Tezpur Lunatic Asylum reports 1877-1894 - 1877-1894
Year: 1877
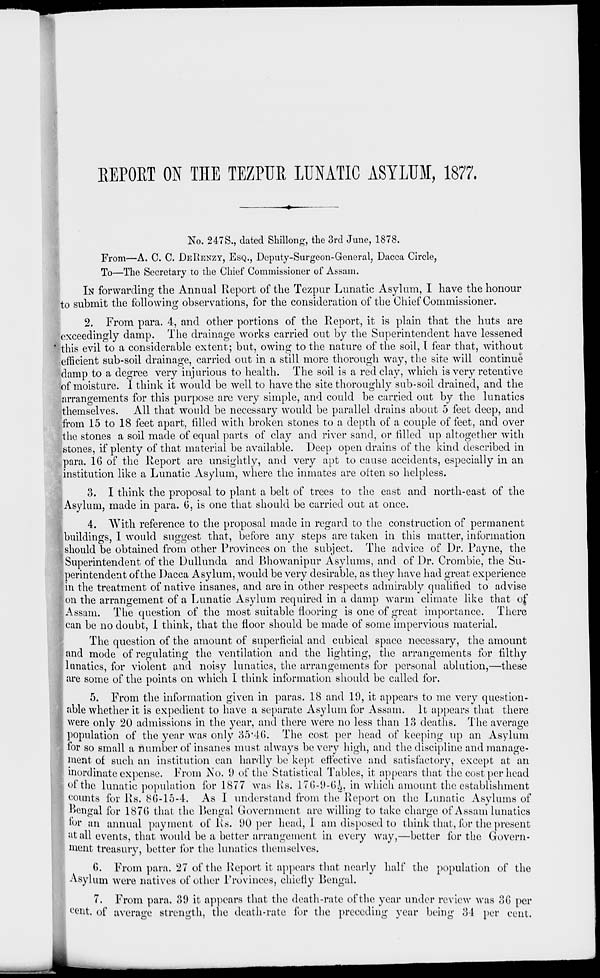
KEPORT ON THE TEZPUR LUNATIC ASYLUM, 1877.
No. 247S., dated Shillong, the 3rd June, 1878.
From—A. C. C. DERENZY, ESQ., Deputy-Surgeon-General, Dacca Circle,
To—The Secretary to the Chief Commissioner of Assam.
IN forwarding the Annual Report of the Tezpur Lunatic Asylum, I have the honour
to submit the following observations, for the consideration of the Chief Commissioner.
2. From para. 4, and other portions of the Report, it is plain that the huts are
'exceedingly damp. The drainage works carried out by the Superintendent have lessened
this evil to a considerable extent; but, owing to the nature of the soil, I fear that, without
efficient sub-soil drainage, carried out in a still more thorough way, the site will continue
damp to a degree very injurious to health. The soil is a red clay, which is very retentive
of moisture. I think it would be well to have the site thoroughly sub-soil drained, and the
arrangements for this purpose are very simple, and could be carried out by the lunatics
themselves. All that would be necessary would be parallel drains about 5 feet deep, and
from 15 to 18 feet apart, filled with broken stones to a depth of a couple of feet, and over
the stones a soil made of equal parts of clay and river sand, or filled up altogether with
stones, if plenty of that material be available. Deep open drains of the kind described in
para. 16 of the Report are unsightly, and very apt to cause accidents, especially in an
institution like a Lunatic Asylum, where the inmates are often so helpless.
3. I think the proposal to plant a belt of trees to the east and north-east of the
Asylum, made in para. 6, is one that should be carried out at once.
4. With reference to the proposal made in regard to the construction of permanent
buildings, I would suggest that, before any steps are taken in this matter, information
should be obtained from other Provinces on the subject. The advice of Dr. Payne, the
Superintendent of the Dullunda and Bhowanipur Asylums, and of Dr. Crombie, the Su-
perintendent of the Dacca Asylum, would be very desirable, as they have had great experience
En the treatment of native insanes, and are in other respects admirably qualified to advise
|on the arrangement of a Lunatic Asylum required in a damp warm climate like that of
I Assam. The question of the most suitable flooring is one of great importance. There
can be no doubt, 1 think, that the floor should be made of some impervious material.
The question of the amount of superficial and cubical space necessary, the amount
and mode of regulating the ventilation and the lighting, the arrangements for filthy
lunatics, for violent and noisy lunatics, the arrangements for personal ablution,—these
are some of the points on which I think information should be called for.
5. From the information given in paras. 18 and 19, it appears to me very question-
able whether it is expedient to have a separate Asylum for Assam. It appears that there
were only 20 admissions in the year, and there were no less than 13 deaths. The average
population of the year was only 35'46. The cost per head of keeping up an Asylum
for so small a number of insanes must always be very high, and the discipline and manage-
ment of such an institution can hardly be kept effective and satisfactory, except at an
inordinate expense. From No. i) of the Statistical Tables, it appears that the cost per head
of the lunatic population for 1877 was Rs. 176-9-64, in which amount the establishment
counts for Rs. 86-15-4. As I understand from the Report on the Lunatic Asylums of
l^engal for 187(5 that the Bengal Government are willing to take charge of Assam lunatics
lor an annual payment of Rs. 90 per head, I am disposed to think that, for the present
at all events, that would be a better arrangement in every way,—better for the Govern-
ment treasury, better for the lunatics themselves.
6. From para. 27 of the Report it appears that nearly half the population of the
Asylum were natives of other Provinces, chiefly Bengal.
7. From para. 39 it appears that the death-rate of the year under review was 36 per
cent, of average strength, the death-rate for the preceding year being 34 per cent.